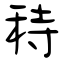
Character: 秲